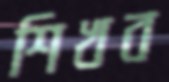
শিখব